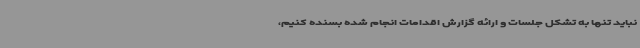
نباید تنها به تشکل جلسات و ارائه گزارش‌ اقدامات انجام شده بسنده کنیم،